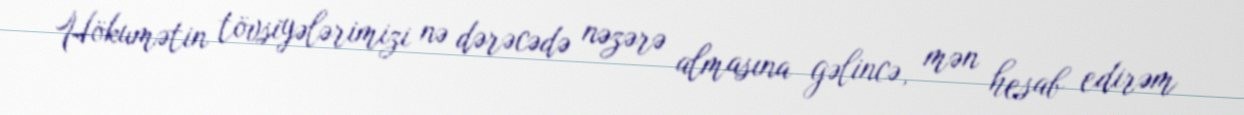
Hökumətin tövsiyələrimizi nə dərəcədə nəzərə almasına gəlincə, mən hesab edirəm